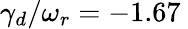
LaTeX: \gamma_{d}/\omega_{r}=-1.67\